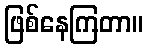
ဖြစ်နေကြတာ။